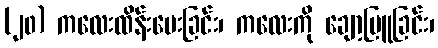
(၂၀) ကလေးထိန်းပေးခြင်း၊ ကလေးကို ချော့မြူခြင်း၊